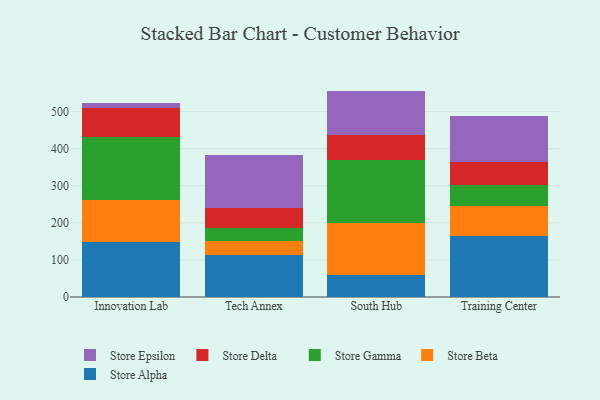
{"axis": {"x": "Campus", "y": "Energy Usage (MWh)"}, "legend": ["Store Alpha", "Store Beta", "Store Delta", "Store Epsilon", "Store Gamma"], "data": [{"x": "Innovation Lab", "y": 149.4, "type": "Store Alpha"}, {"x": "Innovation Lab", "y": 111.6, "type": "Store Beta"}, {"x": "Innovation Lab", "y": 171.4, "type": "Store Gamma"}, {"x": "Innovation Lab", "y": 77.0, "type": "Store Delta"}, {"x": "Innovation Lab", "y": 14.6, "type": "Store Epsilon"}, {"x": "Tech Annex", "y": 112.2, "type": "Store Alpha"}, {"x": "Tech Annex", "y": 37.9, "type": "Store Beta"}, {"x": "Tech Annex", "y": 35.4, "type": "Store Gamma"}, {"x": "Tech Annex", "y": 53.1, "type": "Store Delta"}, {"x": "Tech Annex", "y": 145.2, "type": "Store Epsilon"}, {"x": "South Hub", "y": 59.0, "type": "Store Alpha"}, {"x": "South Hub", "y": 141.6, "type": "Store Beta"}, {"x": "South Hub", "y": 169.3, "type": "Store Gamma"}, {"x": "South Hub", "y": 65.8, "type": "Store Delta"}, {"x": "South Hub", "y": 119.9, "type": "Store Epsilon"}, {"x": "Training Center", "y": 164.8, "type": "Store Alpha"}, {"x": "Training Center", "y": 81.0, "type": "Store Beta"}, {"x": "Training Center", "y": 57.0, "type": "Store Gamma"}, {"x": "Training Center", "y": 60.8, "type": "Store Delta"}, {"x": "Training Center", "y": 125.5, "type": "Store Epsilon"}]}